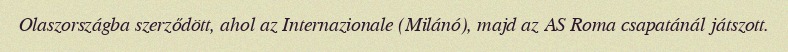
Olaszországba szerződött, ahol az Internazionale (Milánó), majd az AS Roma csapatánál játszott.